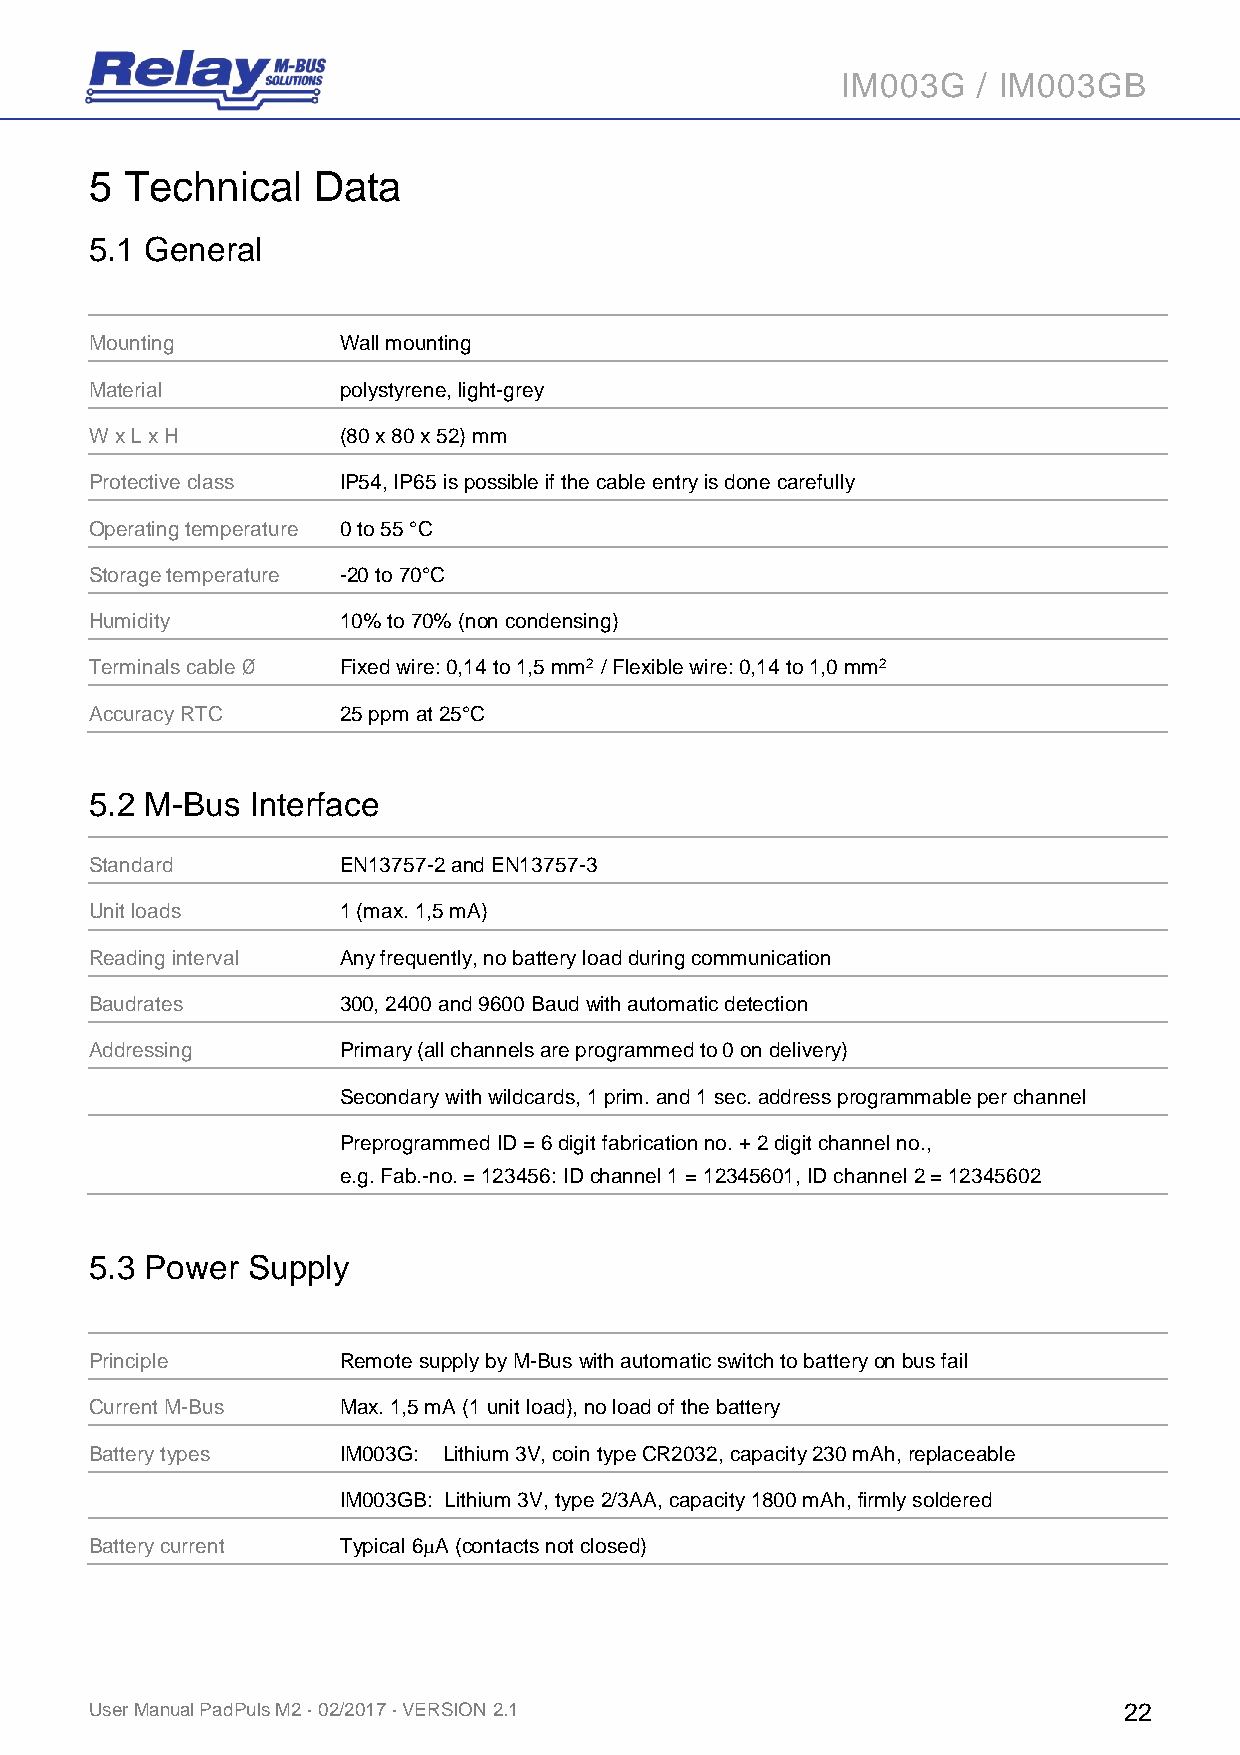
IM003G   / IM003GB
 5 Technical    Data
 5.1 General
 Mounting        Wall mounting
 Material        polystyrene, light-grey
 W x L x H       (80 x 80 x 52) mm
 Protective class IP54, IP65 is possible if the cable entry is done carefully
 Operating temperature 0 to 55 °C
 Storage temperature -20 to 70°C
 Humidity        10% to 70% (non condensing)
 Terminals cable Ø Fixed wire: 0,14 to 1,5 mm2 / Flexible wire: 0,14 to 1,0 mm2
 Accuracy RTC    25 ppm at 25°C
 5.2 M-Bus  Interface
 Standard        EN13757-2 and EN13757-3
 Unit loads      1 (max. 1,5 mA)
 Reading interval Any frequently, no battery load during communication
 Baudrates       300, 2400 and 9600 Baud with automatic detection
 Addressing      Primary (all channels are programmed to 0 on delivery)
 Secondary with wildcards, 1 prim. and 1 sec. address programmable per channel
 Preprogrammed ID = 6 digit fabrication no. + 2 digit channel no.,
 e.g. Fab.-no. = 123456: ID channel 1 = 12345601, ID channel 2 = 12345602
 5.3 Power Supply
 Principle       Remote supply by M-Bus with automatic switch to battery on bus fail
 Current M-Bus   Max. 1,5 mA (1 unit load), no load of the battery
 Battery types   IM003G: Lithium 3V, coin type CR2032, capacity 230 mAh, replaceable
 IM003GB: Lithium 3V, type 2/3AA, capacity 1800 mAh, firmly soldered
 Battery current Typical 6A (contacts not closed)
 User Manual PadPuls M2 · 02/2017 · VERSION 2.1                      22